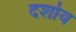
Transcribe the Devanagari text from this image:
दर्शाय